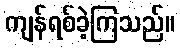
ကျန်ရစ်ခဲ့ကြသည်။